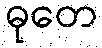
ဓုတေ